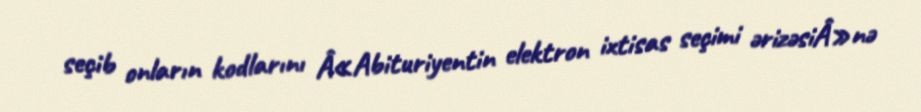
seçib onların kodlarını Â«Abituriyentin elektron ixtisas seçimi ərizəsiÂ»nə